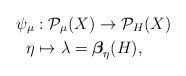
LaTeX: \begin{align*}\psi_{\mu} & :\mathcal{P}_{\mu}(X)\to\mathcal{P}_{H}(X)\\\eta & \mapsto\lambda=\boldsymbol{\beta}_{\eta}(H),\end{align*}